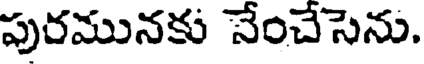
పురమునకు నేంచేసెను.